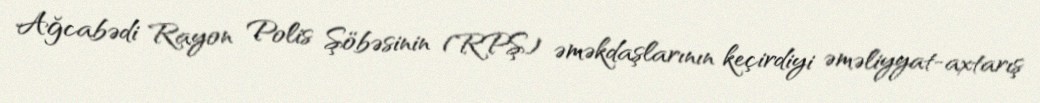
Ağcabədi Rayon Polis Şöbəsinin (RPŞ) əməkdaşlarının keçirdiyi əməliyyat-axtarış